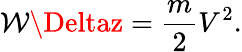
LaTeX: \mathcal{W}\Deltaz={\frac{{m}}{{2}}}V^{2}.